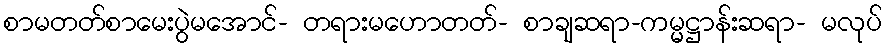
စာမတတ်စာမေးပွဲမအောင်- တရားမဟောတတ်- စာချဆရာ-ကမ္မဋ္ဌာန်းဆရာ- မလုပ်